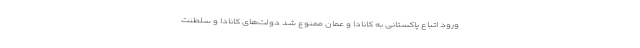
ورود اتباع پاکستانی به کانادا و عمان ممنوع شد دولت‌های کانادا و سلطنت